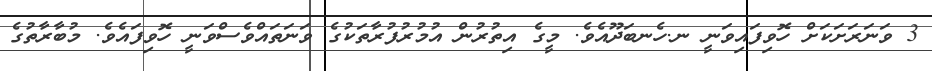
3 ވަނަރަށަކަށް ހޮވިފައިވަނީ ނ.ހެނބަދޫއެވެ. މީގެ އިތުރުން އުމުރުފުރާތަކުގެ ވަނަތައްވެސްވަނީ ހޮވިފައެވެ. މުބާރާތުގެ